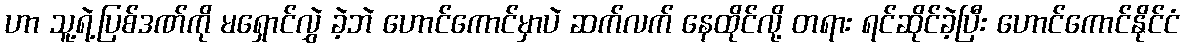
ဟာ သူ့ရဲ့ပြစ်ဒဏ်ကို မရှောင်လွှဲ ခဲ့ဘဲ ဟောင်ကောင်မှာပဲ ဆက်လက် နေထိုင်လို့ တရား ရင်ဆိုင်ခဲ့ပြီး ဟောင်ကောင်နိုင်ငံ